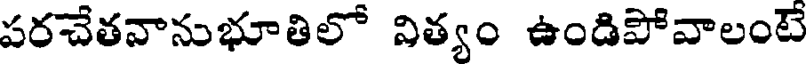
పరచేతవానుభూతిలో విత్యం ఉండిపోవాలంటే